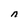
Character: n